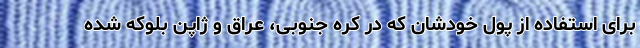
برای استفاده از پول‌ خودشان که در کره جنوبی، عراق و ژاپن بلوکه شده